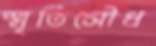
স্মৃতিসৌধ